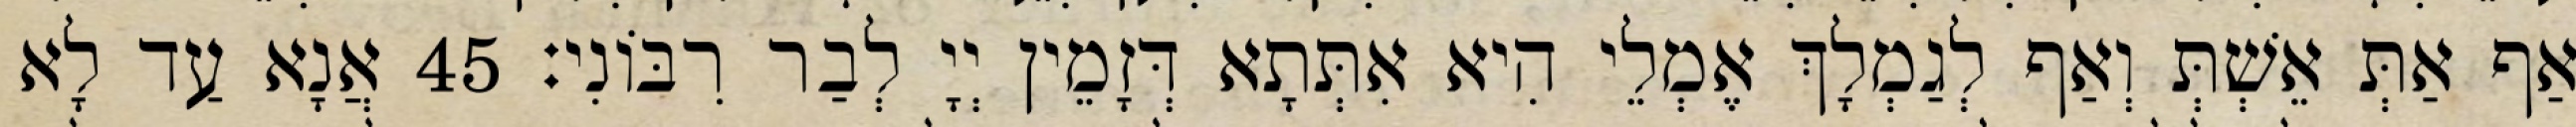
אַף אַתְּ אֵשְׁתְּ וְאַף לְגַמְלָךְ אֶמְלֵי הִיא אִתְּתָא דְּזָמֵין יְיָ לְבַר רִבּוֹנִי׃ 45 אֲנָא עַד לָא